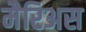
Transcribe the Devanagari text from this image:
मैरिअस